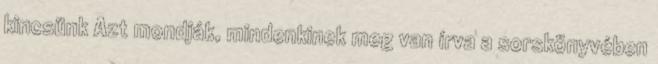
kincsünk Azt mondják, mindenkinek meg van írva a sorskönyvében